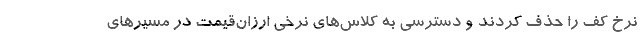
نرخ کف را حذف کردند و دسترسی به کلاس‌های نرخی ارزان‌قیمت در مسیرهای